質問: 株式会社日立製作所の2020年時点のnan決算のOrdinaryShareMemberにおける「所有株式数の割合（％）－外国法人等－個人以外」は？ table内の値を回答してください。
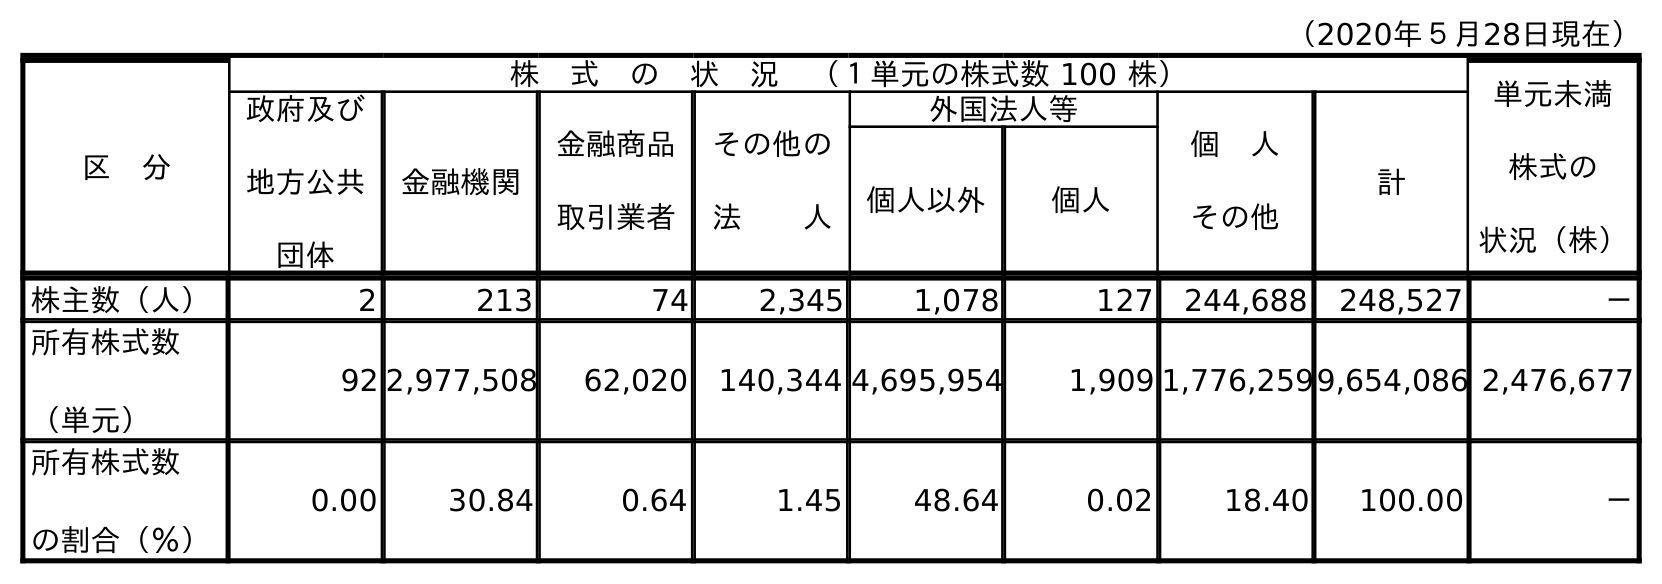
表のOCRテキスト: （2020年５月28日現在） 区 分 株 式 の 状 況 （１単元の株式数 100 株） 単元未満 株式の 状況（株） 政府及び 地方公共 団体 金融機関 金融商品 取引業者 その他の 法  人 外国法人等 個 人 その他 計 個人以外 個人 株主数（人） 2 213 74 2,345 1,078 127 244,688 248,527 － 所有株式数 （単元） 92 2,977,508 62,020 140,344 4,695,954 1,909 1,776,2599,654,086 2,476,677 所有株式数 の割合（％） 0.00 30.84 0.64 1.45 48.64 0.02 18.40 100.00 －
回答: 48.64